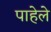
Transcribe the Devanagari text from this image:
पाहेले